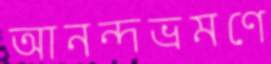
আনন্দভ্রমণে